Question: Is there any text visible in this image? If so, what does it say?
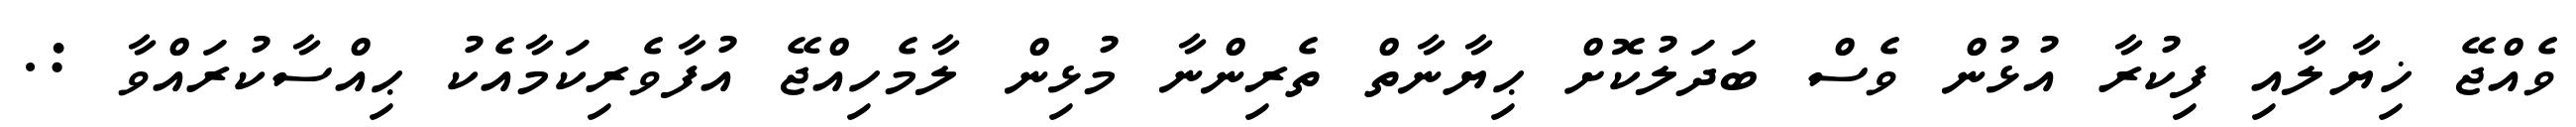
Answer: ވެއްޖޭ ޚިޔާލާއި ފިކުރާ އުޅުން ވެސް ބަދަލުކޮށް ޙިޔާނާތް ތެރިންނާ މުޅިން ލާމެހިއްޖޭ އުފާވެރިކަމާއެކު ޙިއްސާކުރައްވާ :.